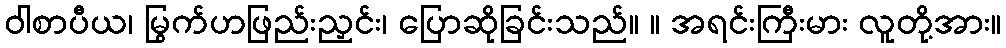
ဝါစာပီယ၊ မြွက်ဟဖြည်းညှင်း၊ ပြောဆိုခြင်းသည်။ ။ အရင်းကြီးမား လူတို့အား။